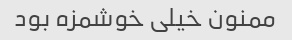
ممنون خیلی خوشمزه بود